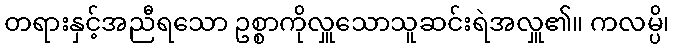
တရားနှင့်အညီရသော ဥစ္စာကိုလှူသောသူဆင်းရဲအလှူ၏။ ကလမ္ပိ၊